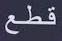
قطع